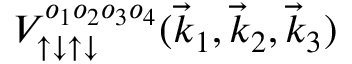
V _ { \uparrow \downarrow \uparrow \downarrow } ^ { o _ { 1 } o _ { 2 } o _ { 3 } o _ { 4 } } ( \vec { k } _ { 1 } , \vec { k } _ { 2 } , \vec { k } _ { 3 } )